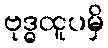
ဗုဒ္ဓထူပမှိ